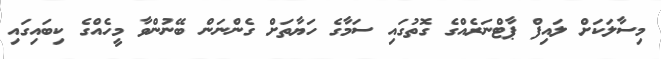
މިސާލަކަށް ލައިފް ޕާޓްނަރެއްގެ ގޮތުގައި ސަމާގެ ހަޔާތަށް ގެންނަން ބޭނުންވާ މީހެއްގެ ކިބައިގައި